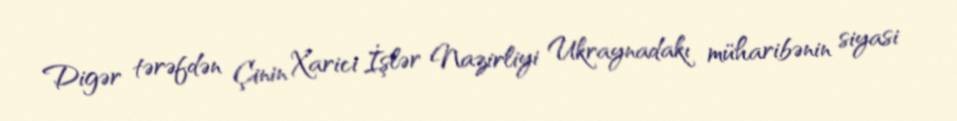
Digər tərəfdən Çinin Xarici İşlər Nazirliyi Ukraynadakı müharibənin siyasi